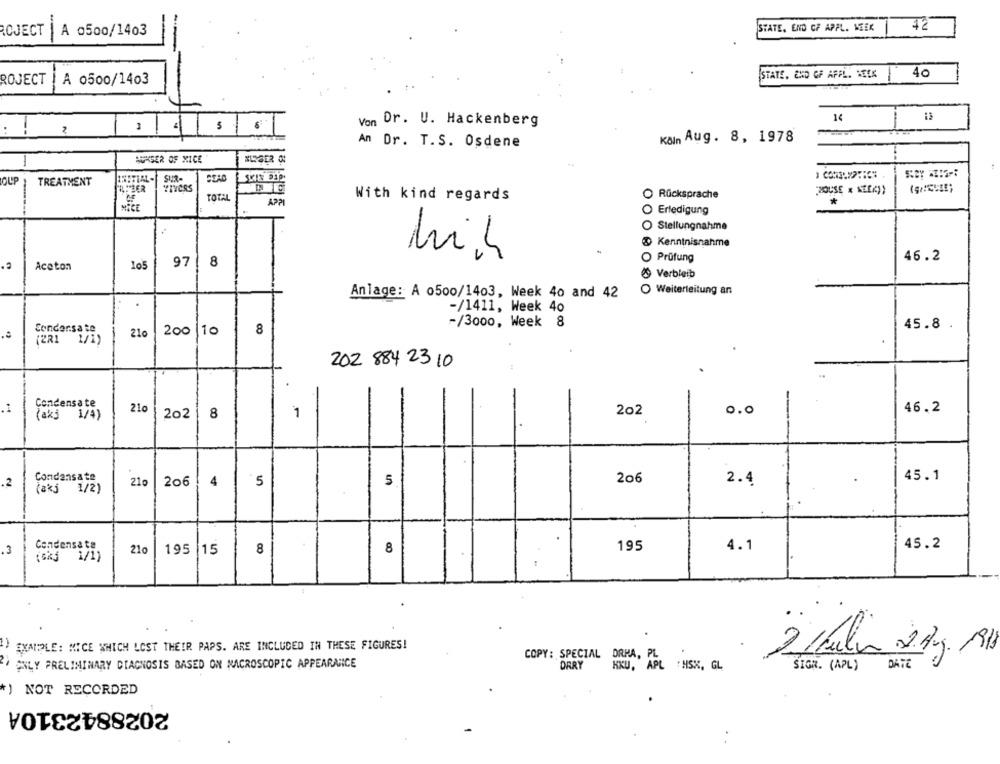
STATE, END OF APPL. WEEK
ROJECT
A o500/1403
STATE. END OF AFFLI SEES
40
ROJECT
A 0500/1403
Von Dr. U. Hackenberg
14
2
kain Aug. 8, 1978
An Dr. T.S. Osdene
AUNSER OF MICE
OUP
TREATMENT
TOTAL
With kind regards
Rücksprache
APPI
*
Erledigung
Stellungnahme
D Kenntnisnahme
hih
Prüfung
46.2
Aceton
105
97
8
Verbleib
Weiterleitung an
Anlage: A 0500/1403, Week 40 and 42
-/1411, Week 40
-/3000, Week 8
45.8 .
Condensate,
210
200 10
8
202 884 23 10
Condensate
.1
210
1
202
0.0
46.2
(ak3 1/4)
202
8
Condensate
5
206
2.4
45.1
.2
(akj 1/2)
210
206
4
5
,3
Condensate
210
195 15
8
8
195
4.1
45.2
(5%3 1/1)
EXAMPLE: MICE WHICH LOST THEIR PAPS. ARE INCLUDED IN THESE FIGURES!
ONLY PRELIMINARY DIAGNOSIS BASED ON MACROSCOPIC APPEARANCE
COPY: SPECIAL DRHA, PL
ORRY
KKU, APL : MSK, GL
SIGN. (APL) DATE
*) NOT RECORDED
2028842310A